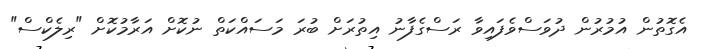
އެގޮތުން އުމުރުން ދުވަސްވެފައިވާ ރަސްގެފާނު އިތުރަށް ބުރަ މަސައްކަތް ނުކޮށް އަރާމުކޮށް "ރިލެކްސް"